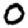
Digit: 0